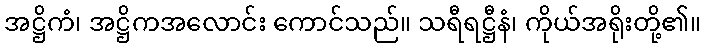
အဋ္ဌိကံ၊ အဋ္ဌိကအလောင်း ကောင်သည်။ သရီရဋ္ဌီနံ၊ ကိုယ်အရိုးတို့၏။